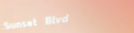
Sunset Blvd